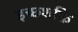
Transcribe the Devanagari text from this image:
इच्छशक्ति